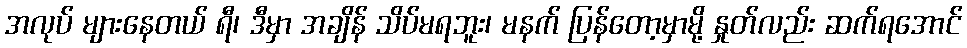
အလုပ် များနေတယ် ရီ၊ ဒီမှာ အချိန် သိပ်မရဘူး၊ မနက် ပြန်တော့မှာမို့ နှုတ်လည်း ဆက်ရအောင်